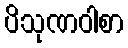
ပိသုဏဝါစာ